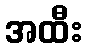
အထီး